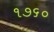
૧૭૬૦